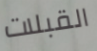
القبلات